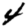
Digit: 4